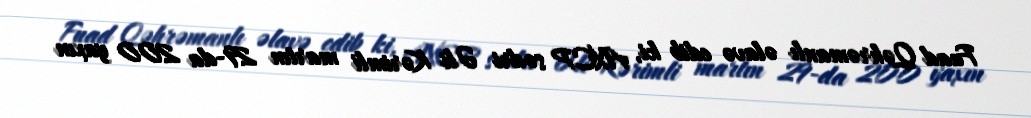
Fuad Qəhrəmanlı əlavə edib ki, AXCP sədri Əli Kərimli martın 29-da 200 yaxın